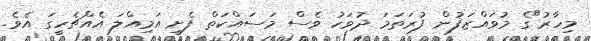
މިހާރު"ގެ މުވައްޒަފުން ފުރަތަމަ ދުވަހު ވެސް މަސައްކަތް ފެށީ އަމިއްލަ އެއްޗެހީގަ އެވެ.